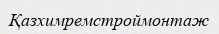
Қазхимремстроймонтаж